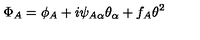
\Phi _ { A } = \phi _ { A } + i \psi _ { A \alpha } \theta _ { \alpha } + f _ { A } \theta ^ { 2 }